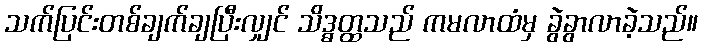
သက်ပြင်းတစ်ချက်ချပြီးလျှင် သိဒ္ဓတ္ထသည် ကမလာထံမှ ခွဲခွာလာခဲ့သည်။